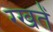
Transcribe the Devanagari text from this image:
रखतेें